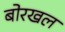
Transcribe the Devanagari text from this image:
बोरखल